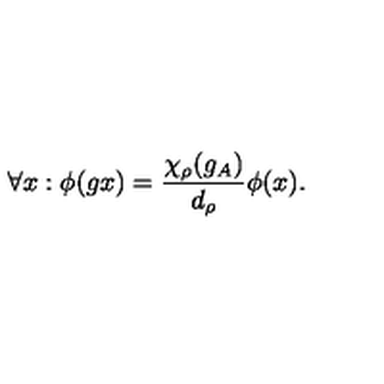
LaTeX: \forall x : \phi ( g x ) = \frac { \chi _ { \rho } ( g _ { A } ) } { d _ { \rho } } \phi ( x ) .